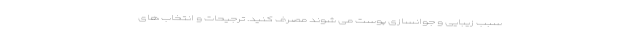
سبب زیبایی و جوانسازی پوست می شوند مصرف کنید. ترجیحات و انتخاب های